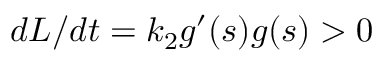
{ d L } / { d t } = k _ { 2 } g ^ { \prime } ( s ) g ( s ) > 0